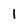
Character: 1